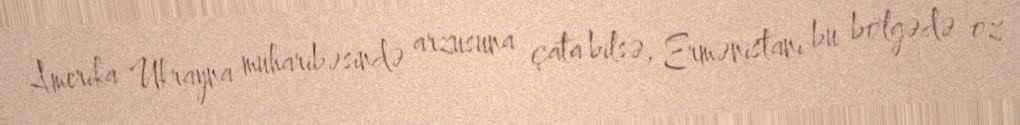
Amerika Ukrayna müharibəsində arzusuna çata bilsə, Ermənistanı bu bölgədə öz